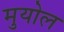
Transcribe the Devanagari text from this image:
मुयोल